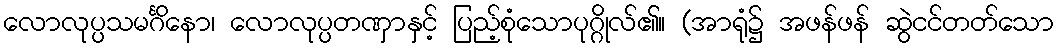
လောလုပ္ပသမင်္ဂိနော၊ လောလုပ္ပတဏှာနှင့် ပြည့်စုံသောပုဂ္ဂိုလ်၏။ (အာရုံ၌ အဖန်ဖန် ဆွဲငင်တတ်သော